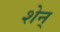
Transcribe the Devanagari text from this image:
शेन्